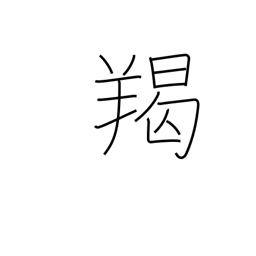
Meaning: barbarian